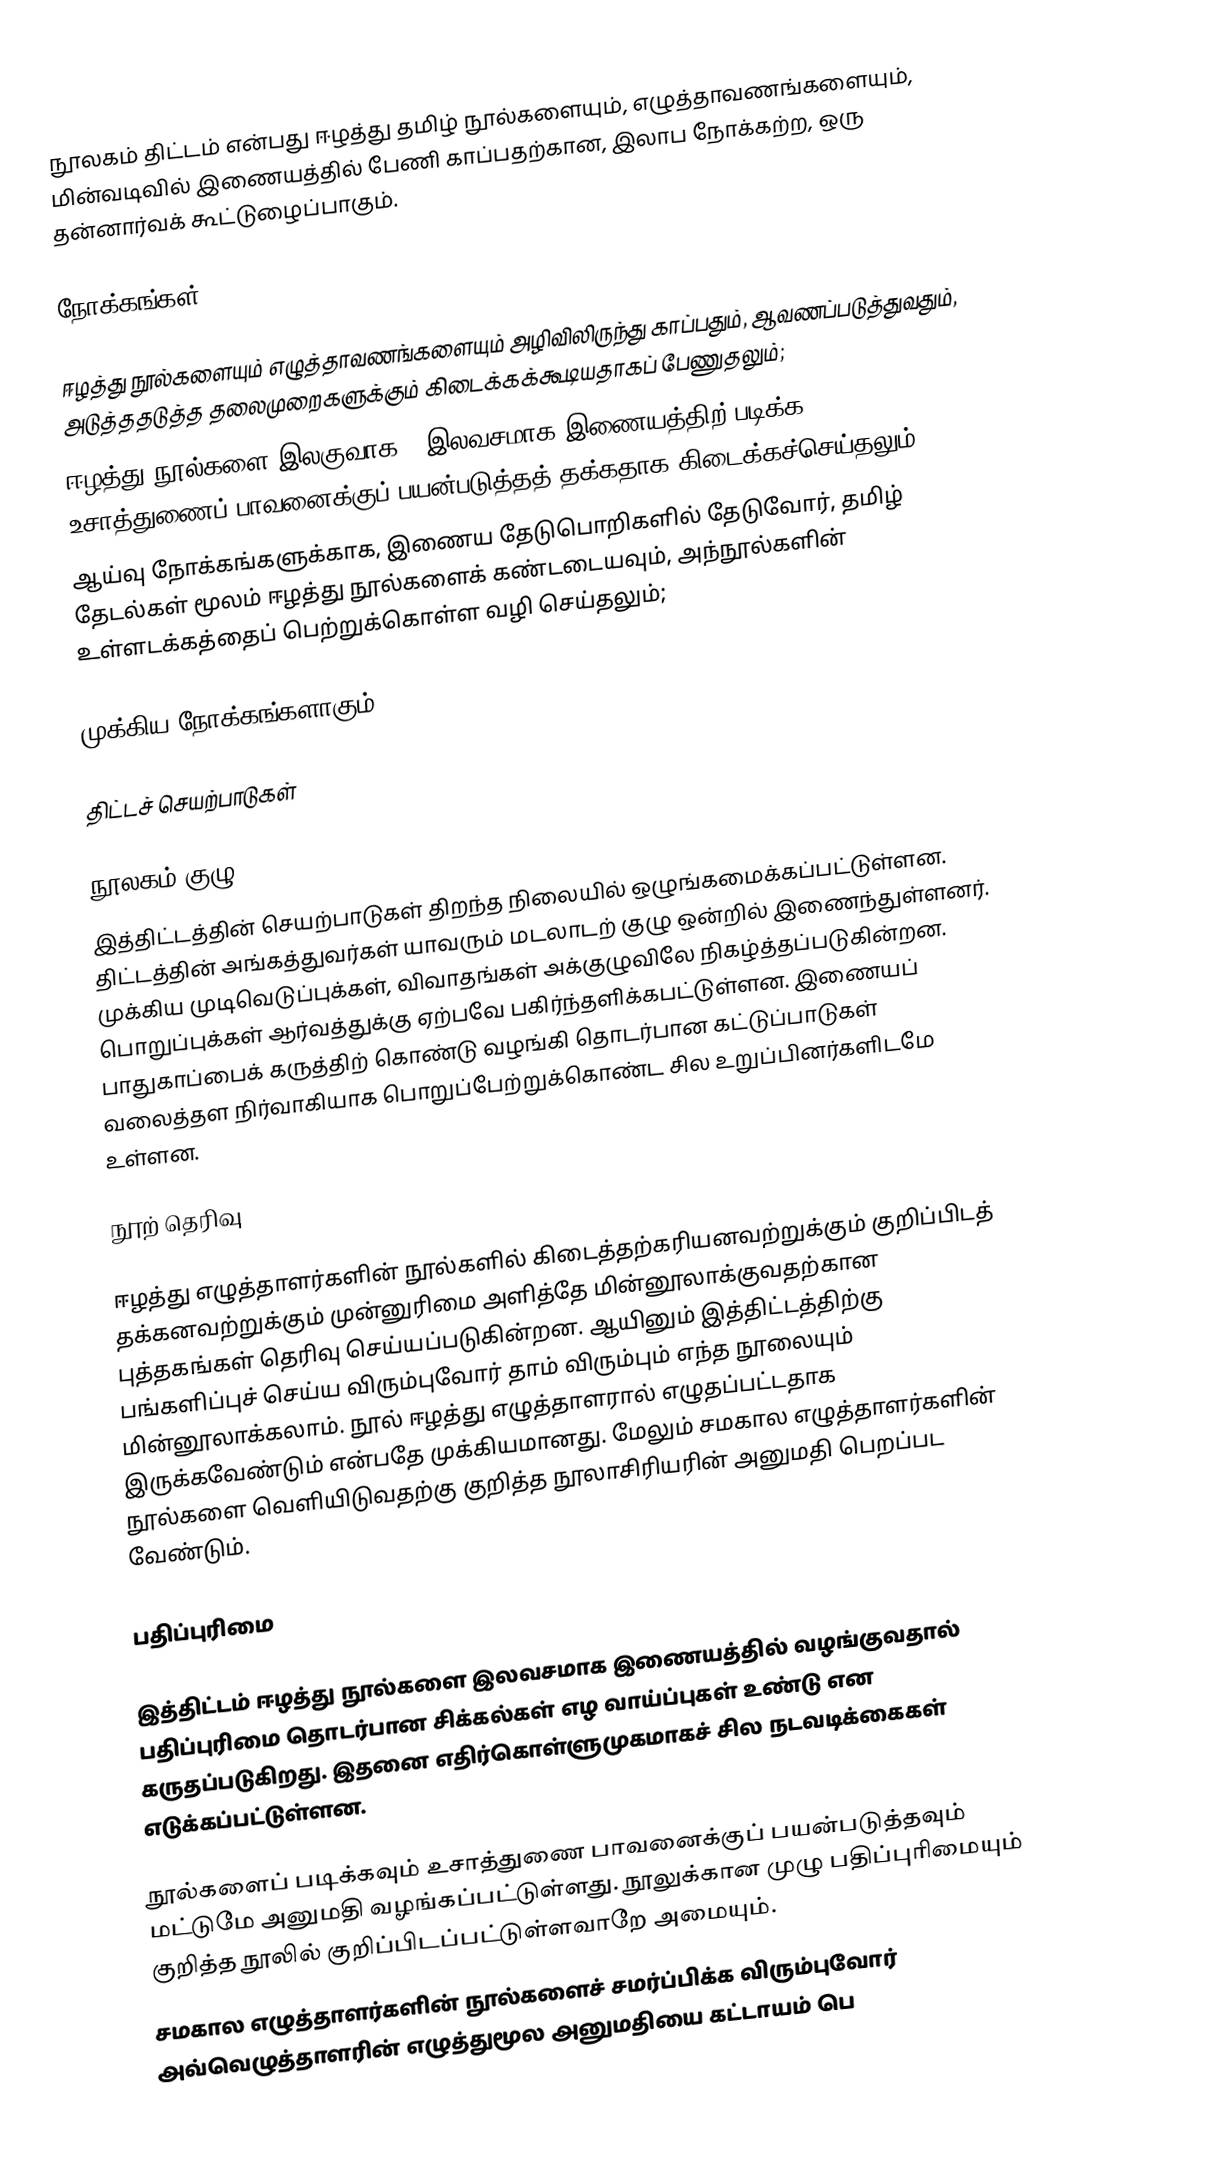
நூலகம் திட்டம் என்பது ஈழத்து தமிழ் நூல்களையும், எழுத்தாவணங்களையும், மின்வடிவில் இணையத்தில் பேணி காப்பதற்கான, இலாப நோக்கற்ற, ஒரு தன்னார்வக் கூட்டுழைப்பாகும்.

நோக்கங்கள்

 ஈழத்து நூல்களையும் எழுத்தாவணங்களையும் அழிவிலிருந்து காப்பதும், ஆவணப்படுத்துவதும், அடுத்ததடுத்த தலைமுறைகளுக்கும் கிடைக்கக்கூடியதாகப் பேணுதலும்;
 ஈழத்து நூல்களை இலகுவாக , இலவசமாக இணையத்திற் படிக்க, உசாத்துணைப் பாவனைக்குப் பயன்படுத்தத் தக்கதாக கிடைக்கச்செய்தலும்;
 ஆய்வு நோக்கங்களுக்காக, இணைய தேடுபொறிகளில் தேடுவோர், தமிழ் தேடல்கள் மூலம் ஈழத்து நூல்களைக் கண்டடையவும், அந்நூல்களின் உள்ளடக்கத்தைப் பெற்றுக்கொள்ள வழி செய்தலும்;

முக்கிய நோக்கங்களாகும்

திட்டச் செயற்பாடுகள்

நூலகம் குழு
இத்திட்டத்தின் செயற்பாடுகள் திறந்த நிலையில் ஒழுங்கமைக்கப்பட்டுள்ளன. திட்டத்தின் அங்கத்துவர்கள் யாவரும் மடலாடற் குழு ஒன்றில் இணைந்துள்ளனர். முக்கிய முடிவெடுப்புக்கள், விவாதங்கள் அக்குழுவிலே நிகழ்த்தப்படுகின்றன.  பொறுப்புக்கள் ஆர்வத்துக்கு ஏற்பவே பகிர்ந்தளிக்கபட்டுள்ளன. இணையப் பாதுகாப்பைக் கருத்திற் கொண்டு வழங்கி தொடர்பான கட்டுப்பாடுகள் வலைத்தள நிர்வாகியாக பொறுப்பேற்றுக்கொண்ட சில உறுப்பினர்களிடமே உள்ளன.

நூற் தெரிவு

ஈழத்து எழுத்தாளர்களின் நூல்களில் கிடைத்தற்கரியனவற்றுக்கும் குறிப்பிடத் தக்கனவற்றுக்கும் முன்னுரிமை அளித்தே மின்னூலாக்குவதற்கான புத்தகங்கள் தெரிவு செய்யப்படுகின்றன. ஆயினும் இத்திட்டத்திற்கு பங்களிப்புச் செய்ய விரும்புவோர் தாம் விரும்பும் எந்த நூலையும் மின்னூலாக்கலாம். நூல் ஈழத்து எழுத்தாளரால் எழுதப்பட்டதாக இருக்கவேண்டும் என்பதே முக்கியமானது. மேலும் சமகால எழுத்தாளர்களின் நூல்களை வெளியிடுவதற்கு குறித்த நூலாசிரியரின் அனுமதி பெறப்பட வேண்டும்.

பதிப்புரிமை

இத்திட்டம் ஈழத்து நூல்களை இலவசமாக இணையத்தில் வழங்குவதால் பதிப்புரிமை தொடர்பான சிக்கல்கள் எழ வாய்ப்புகள் உண்டு என கருதப்படுகிறது. இதனை எதிர்கொள்ளுமுகமாகச் சில நடவடிக்கைகள் எடுக்கப்பட்டுள்ளன.

 நூல்களைப் படிக்கவும் உசாத்துணை பாவனைக்குப் பயன்படுத்தவும் மட்டுமே அனுமதி வழங்கப்பட்டுள்ளது. நூலுக்கான முழு பதிப்புரிமையும் குறித்த நூலில் குறிப்பிடப்பட்டுள்ளவாறே அமையும்.
 சமகால எழுத்தாளர்களின் நூல்களைச் சமர்ப்பிக்க விரும்புவோர் அவ்வெழுத்தாளரின் எழுத்துமூல அனுமதியை கட்டாயம் பெ